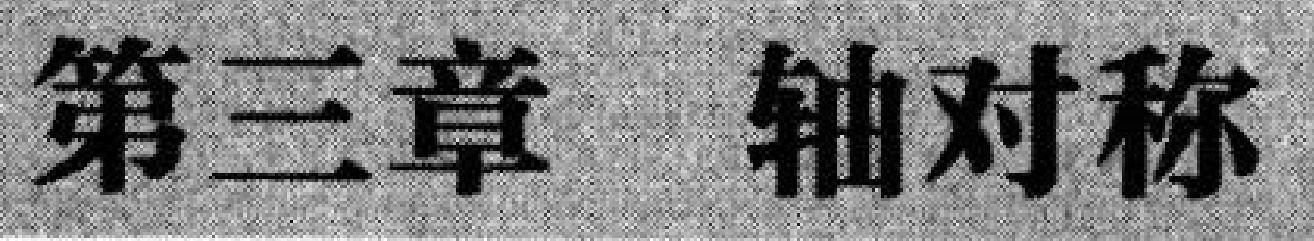
第三章  轴对称